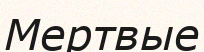
Мертвые